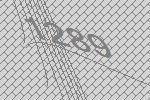
1289